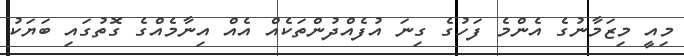
މިއީ މިޒަމާނުގެ އެންމެ ފަހުގެ ގިނަ އުފެއްދުންތަކެއް އެއް އިނާމެއްގެ ގޮތުގައި ބަޔަކު